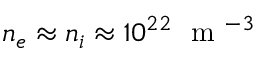
n _ { e } \approx n _ { i } \approx 1 0 ^ { 2 2 } \ \mathrm { ~ m ~ } ^ { - 3 }